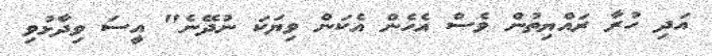
އަދި ހުރާ ރައްޔިތުން ވެސް އެހެން އެކަން ވިޔަކަ ނުދޭނެ" އީސަ ވިދާޅުވި